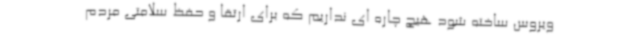
ویروس ساخته شود هیچ چاره ای نداریم که برای ارتقا و حفظ سلامتی مردم